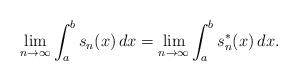
LaTeX: \begin{align*}\lim_{n \rightarrow \infty}\int_a^b s_n(x)\,dx =\lim_{n \rightarrow \infty}\int_a^b s_n^*(x)\,dx .\end{align*}